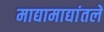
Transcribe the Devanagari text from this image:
माद्यामाद्यांतले